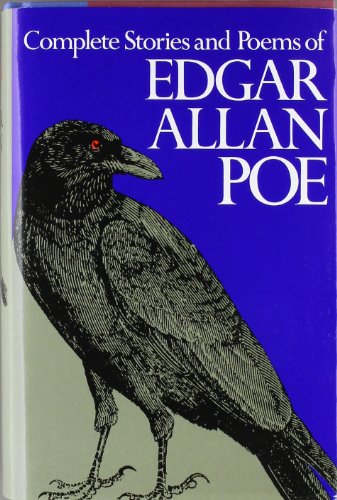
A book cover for Complete Stories and Poems of Edgar Allan Poe; Edgar Allan Poe; Literature & Fiction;